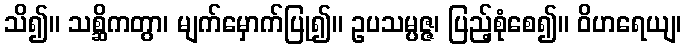
သိ၍။ သစ္ဆိကတွာ၊ မျက်မှောက်ပြု၍။ ဥပသမ္ပဇ္ဇ၊ ပြည့်စုံစေ၍။ ဝိဟရေယျ၊